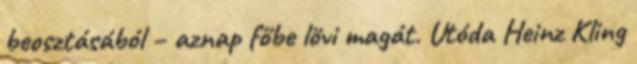
beosztásából – aznap főbe lövi magát. Utóda Heinz Kling